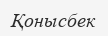
Қонысбек